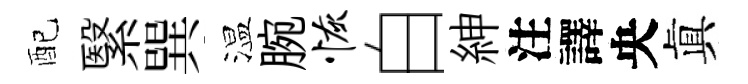
配繄巽温腕恢白紳注譯央眞